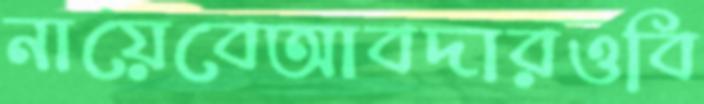
নায়েবেআবদারওবি